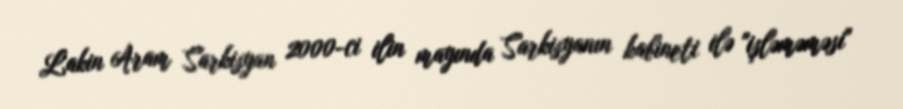
Lakin Aram Sarkisyan 2000-ci ilin mayında Sarkisyanın kabineti ilə "işləməməsi"